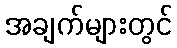
အချက်များတွင်